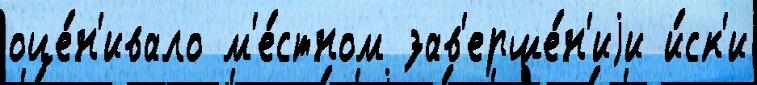
оце́н'ивало м'е́стном зав'ерше́н'иjи и́ск'и